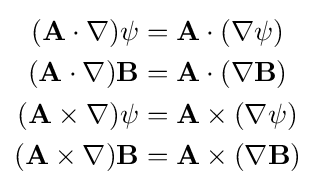
{\begin{aligned}(\mathbf {A} \cdot \nabla )\psi &=\mathbf {A} \cdot (\nabla \psi )\\(\mathbf {A} \cdot \nabla )\mathbf {B} &=\mathbf {A} \cdot (\nabla \mathbf {B} )\\(\mathbf {A} \times \nabla )\psi &=\mathbf {A} \times (\nabla \psi )\\(\mathbf {A} \times \nabla )\mathbf {B} &=\mathbf {A} \times (\nabla \mathbf {B} )\end{aligned}}